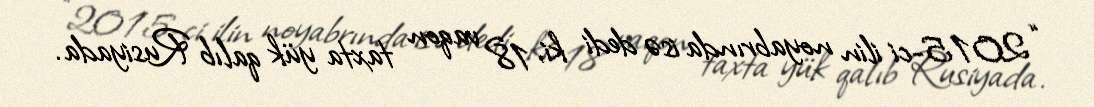
“2015-ci ilin noyabrında isə dedi ki, 18 vaqon taxta yük qalıb Rusiyada.